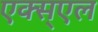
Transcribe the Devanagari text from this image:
एक्स्एल